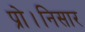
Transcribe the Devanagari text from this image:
प्रो।निसार